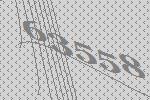
63558